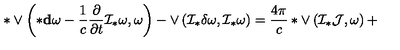
* \vee \left( * { \bf d } \omega - \frac 1 c \frac { \partial } { \partial t } { \cal I } _ { * } \omega , \omega \right) - \vee \left( { \cal I } _ { * } \delta \omega , { \cal I } _ { * } \omega \right) = \frac { 4 \pi } { c } * \vee \left( { \cal I } _ { * } { \cal J } , \omega \right) +